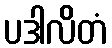
ပဒါလိတံ